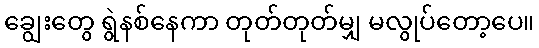
ချွေးတွေ ရွဲနစ်နေကာ တုတ်တုတ်မျှ မလွုပ်တော့ပေ။